Memorandum on the prevention of leprosy by segregation of the affected
Disease focus: Leprosy
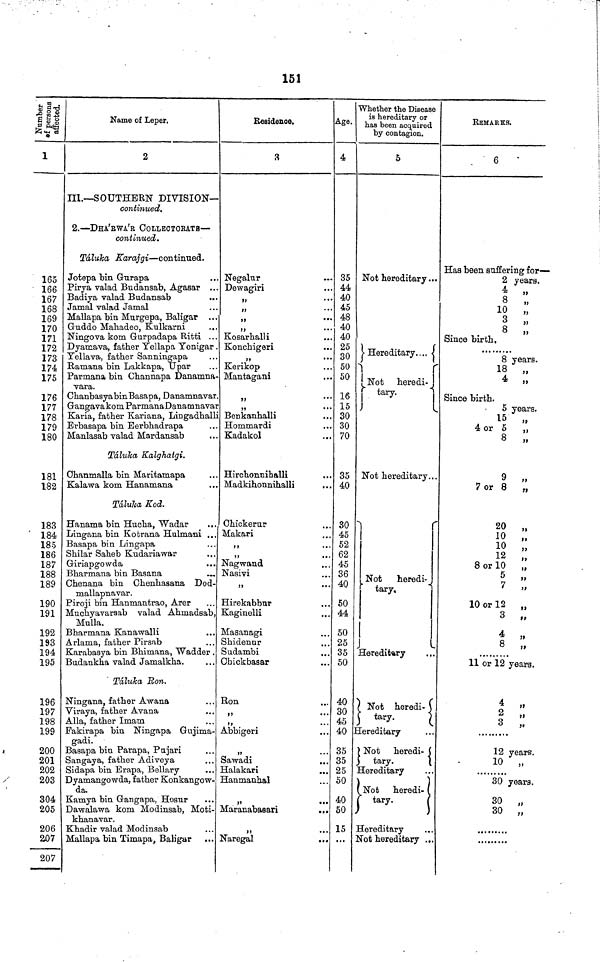
151
Number of persons affected.
1
165
166
167
168
169
170
171
172
173
174
175
176
177
178
179
180
181
182
183
184
185
186
187
188 J.UU
189
190
191
192
193
194
195
196
197
198
199
200
201
202
203
304
205
206
207
207
Name of Leper.
2
III.—SOUTHERN DIVISION—
continued.
2.—DHA'RWA'R COLLECTORATE—
continued.
Táluha Karajgi—continued.
Jotepa bin Gurapa
Pirya valad Budansab, Agasar
Badiya valad Budansab
...
Jamal valad Jamal
Mallapa bin Murgepa, Baligar ...
Guddo Mahadeo, Kulkarni
Ningova kom Gurpadapa Ritti ...
Dyamava, father Yellapa Yenigar
Yellava, father Sanningapa
R-amana bin Lakkapa, Upar
Parmana bin Channapa Danamna-
vara.
Chanbasyabin Basapa, Danamnavar
Ganga vakom ParmanaDanamnavar
Karia, father Kariana, Lingadhalh
Brbasapa bin Berbhadrapa
Manlasab valad Mardansab
Táluha Kalghatgi.
Ohanmalla bin Maritamapa
Kalawa kom Hanamana
Táluha Kod.
Hanama bin Hucha, Wadar
Lingana bin Kobrana Hulmani
Basapa bin Lingapa
Shilar Saheb Kudariawar
Giriapgowda
Bharmana bin Basana
Chenana bin Chenhasana Dod-
mallapnavar.
Piroji bin Hanmantrao, Arer
Muchyavarsab valad Ahmadsab,
Mulla.
Bharmana Kanawalli
Arlama, father Pirsab
Karabasya bin Bhimana, Wadder .
Budankha valad Jamalkha.
Táluka Bon.
Ningana, father Awana
Viraya, father Avana
Alia, father Imam
Fakirapa bin Ningapa Gujima-
gadi.
Basapa bin Parapa, Pnjari
Sangaya, father Adiveya
Sidapa bin Brapa, Bellary
Dyamangowda, father Konkangow-
da.
Kamya bin Gangapa, Hosur
Da-walawa kom Modinsab, Moti-
khanavar.
Khadir valad Modinsab
Mallapa bin Timapa, Baligar
Residence,
3
Negalur
Dewagiri
,,
,,
,,
,,
Kosarhalli
Konchigeri
,,
Kerikop
Mantagani
,,
„
Benkanhalli
Hommardi
Kadakol
Hirchonnihalli
Madkihonnihalli
Ohickerur
Makari
,,
,,
Nagwand
Nasivi
,,
Hirekabbur
Kaginelli
Masanagi
Shidennr
Sudambi
Chick basar
Ron
,,
Abbigeri
,,
Sawadi
Halakari
Hanmanhal
__
Maranaoasan
...
,,
...
Naregal
Age.
4
35
44
40
45
48
40
40
25
30
50
50
16
15
30
30
70
35
40
30
45
52
62
45
36
40
50
44
50
25
35
50
40
30
45
40
35
35
25
50
40
50
15
Whether the Disease
is hereditary or
has been acquired
by contagion.
5
Not hereditary...
Hereditary...
Not heredi-
tary.
Not hereditary
Not
heredi-
tary.
Hereditary
Not heredi-
tary.
Hereditary
Not heredi-
tary.
Hereditary
Not heredi-
tary.
Hereditary
Not hereditary ...
REMARKS.
6
Has been suffering for—
2 years.
4 „
8 „
10 „
3 „
8 „
Since birth.
8 years.
18 „
4 „
Since birth.
5 years.
15 „
4 or 5 „
8 „
9
,,
7 or 8 „
20 „
10 „
10 „
12 „
8 or 10 „
5 „
7 „
10 or 12 „
3 „
4 ,,
8 „
11 or 12 years.
4 „
2 „
3 „
12 years.
10
„
30 years.
30
„
30
„